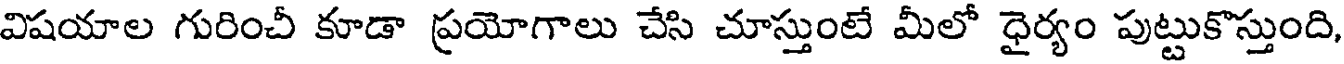
విషయాల గురించీ కూడా ప్రయోగాలు చేసి చూస్తుంటే మీలో ధైర్యం పుట్టుకొస్తుంది,